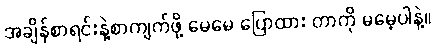
အချိန်စာရင်းနဲ့စာကျက်ဖို့ မေမေ ပြောထား တာကို မမေ့ပါနဲ့။